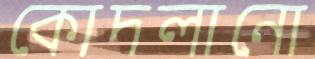
কোদলানো